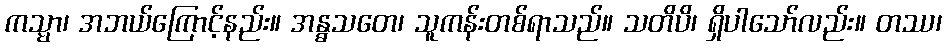
ကသ္မာ၊ အဘယ်ကြောင့်နည်း။ အန္ဓသတေ၊ သူကန်းတစ်ရာသည်။ သတိပိ၊ ရှိပါသော်လည်း။ တဿ၊